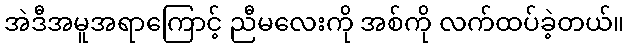
အဲဒီအမူအရာကြောင့် ညီမလေးကို အစ်ကို လက်ထပ်ခဲ့တယ်။